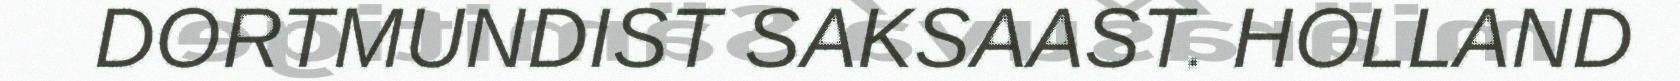
DORTMUNDIST SAKSAAST. HOLLAND